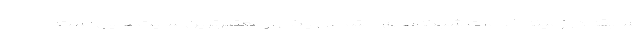
سابقه در زمینه خدمات شبکه‌های اجتماعی یکی از معتبرترین سایت‌هایی است